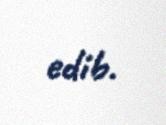
edib.